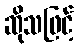
ဆိုသဖြင့်